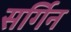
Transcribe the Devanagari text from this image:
सर्गिन